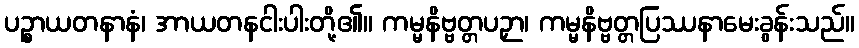
ပဉ္စာယတနာနံ၊ အာယတနငါးပါးတို့၏။ ကမ္မနိဗ္ဗတ္တပဉှာ၊ ကမ္မနိဗ္ဗတ္တပြဿနာမေးခွန်းသည်။